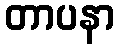
တာပနာ